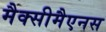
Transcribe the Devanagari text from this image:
मैक्सीमैएनस